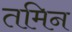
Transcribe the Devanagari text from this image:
तमिन